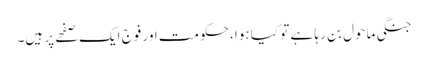
جنگی ماحول بن رہا ہے تو کیا ہوا، حکومت اور فوج ایک صفحے پر ہیں۔